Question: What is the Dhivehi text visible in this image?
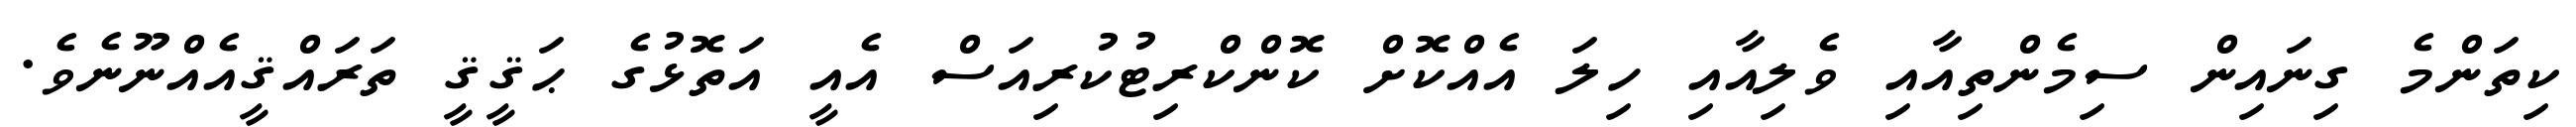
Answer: ކިތަންމެ ގިނައިން ސިމެންތިއާއި ވެލިއާއި ހިލަ އެއްކޮށް ކޮންކްރިޓުކުރިއަސް އެއީ އަތޮޅުގެ ޙަޤީޤީ ތަރައްޤީއެއްނޫނެވެ.